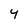
Character: 4